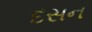
દસન